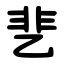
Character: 㐟